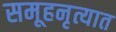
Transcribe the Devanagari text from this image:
समूहनृत्यात